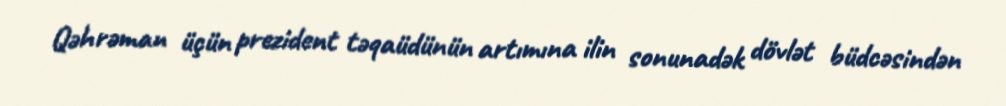
Qəhrəman üçün prezident təqaüdünün artımına ilin sonunadək dövlət büdcəsindən